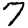
Digit: 7